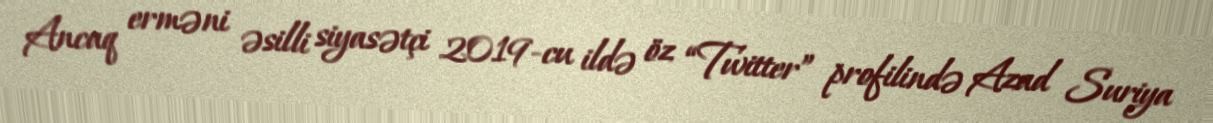
Ancaq erməni əsilli siyasətçi 2019-cu ildə öz “Twitter” profilində Azad Suriya